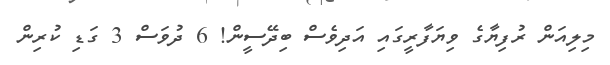
މިލިއަން ރުފިޔާގެ ވިޔަފާރީގައި އަދިވެސް ބިދޭސީން! 6 ދުވަސް 3 ގަޑި ކުރިން